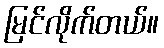
မြင်လိုက်တယ်။